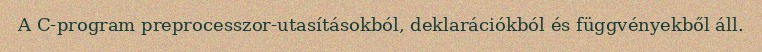
A C-program preprocesszor-utasításokból, deklarációkból és függvényekből áll.